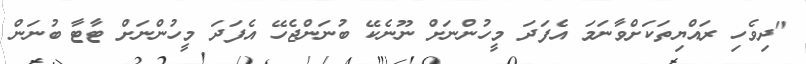
"ދިވެހި ރައްޔިތަކަށްވާނަމަ އެފަދަ މީހުންނަށް ނޫނެކޭ ބުނަންޖެހޭ އެފަދަ މީހުންނަށް ޓާޓާ ބުނަން